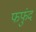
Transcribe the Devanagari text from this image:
फफुंद